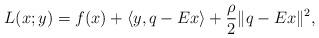
LaTeX: \begin{align*}L(x;y)= f(x) + \langle y,q-Ex \rangle + \frac{\rho}{2} \|q-Ex\|^2,\end{align*}